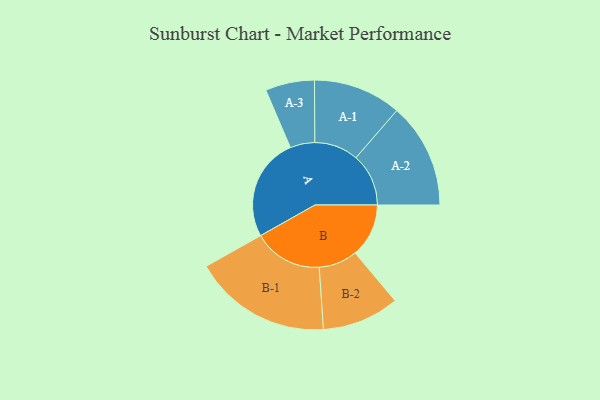
{"axis": {"x": "Segment", "y": "Value"}, "legend": ["", "A", "B"], "data": [{"x": "A", "y": 419, "type": ""}, {"x": "B", "y": 218, "type": ""}, {"x": "A-1", "y": 179, "type": "A"}, {"x": "A-2", "y": 214, "type": "A"}, {"x": "A-3", "y": 100, "type": "A"}, {"x": "B-1", "y": 281, "type": "B"}, {"x": "B-2", "y": 157, "type": "B"}]}